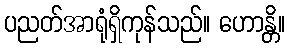
ပညတ်အာရုံရှိကုန်သည်။ ဟောန္တိ။